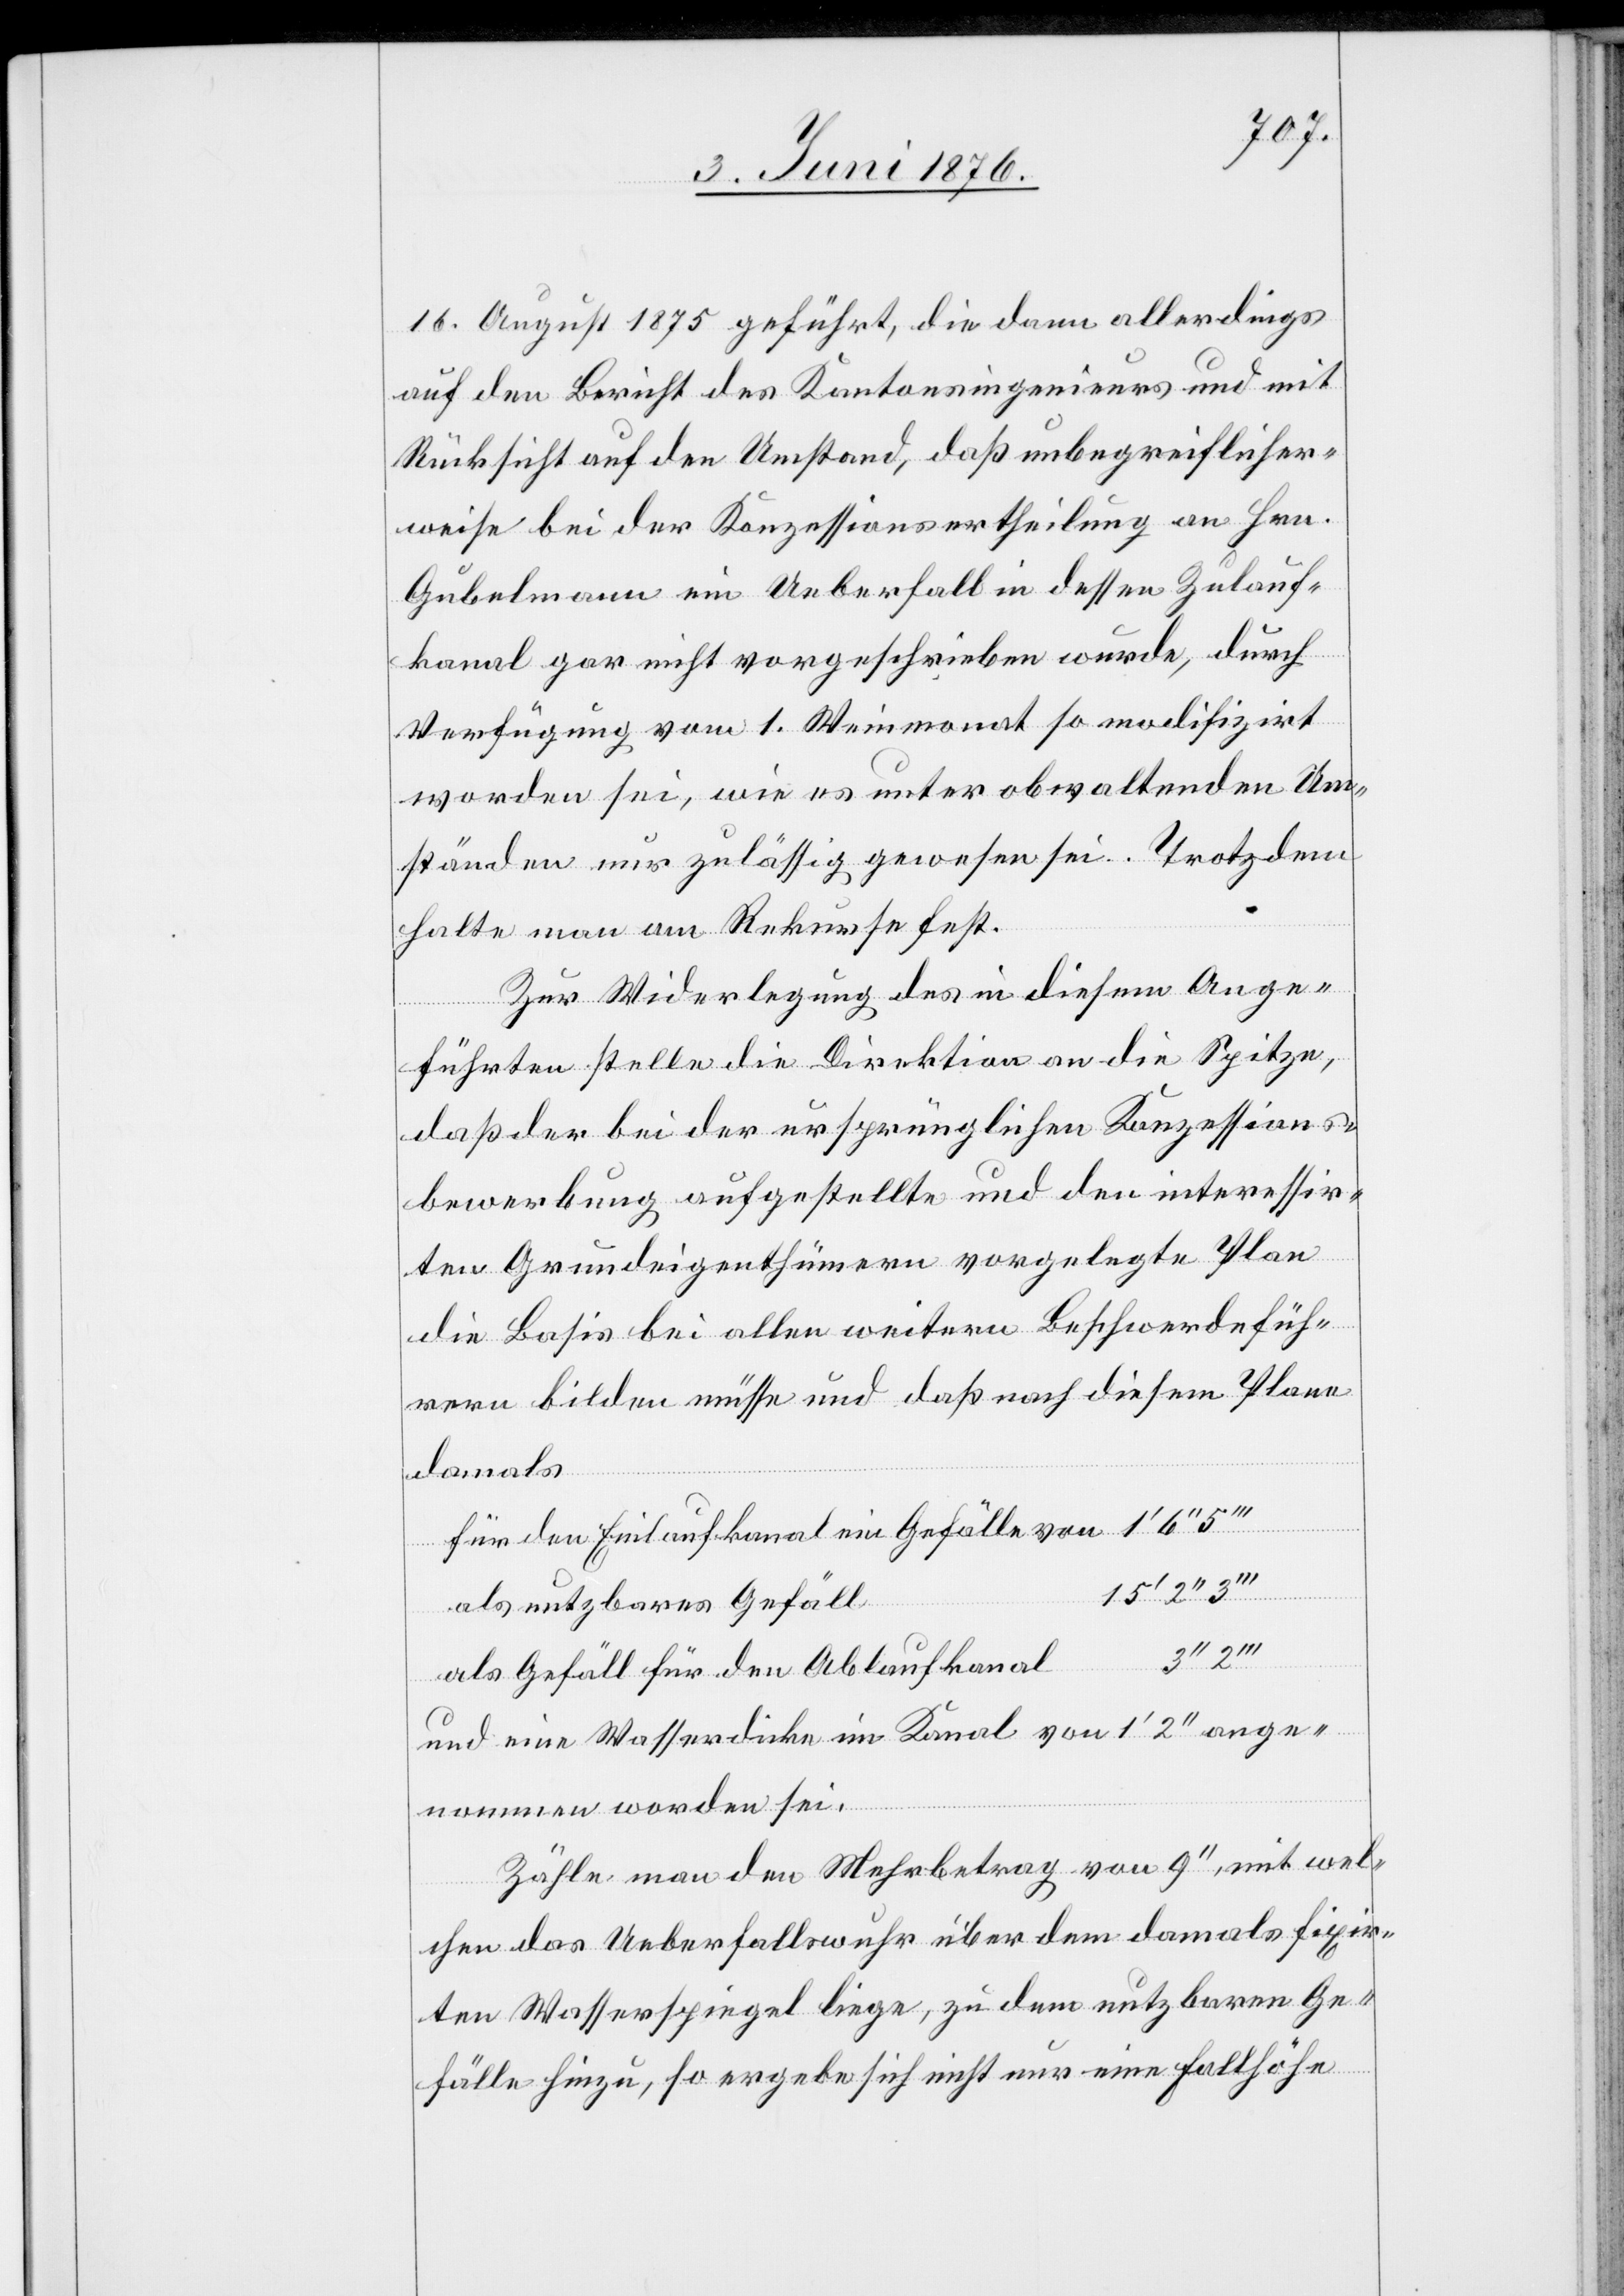
16. August 1875 geführt, die dann allerdings
auf den Bericht des Kantonsingenieurs und mit
Rücksicht auf den Umstand, daß unbegreiflicher¬
weise bei der Konzessionsvertheilung an Hrn.
Gubelmann ein Ueberfall in dessen Zulauf¬
kanal gar nicht vorgeschrieben wurde, durch
Verfügung vom 1. Weinmonat so modifizirt
worden sei, wie es unter obwaltenden Um¬
ständen nur zulässig gewesen sei. Trotzdem
halte man am Rekurse fest.
Zur Widerlegung des in diesem Ange¬
führten stelle die Direktion an die Spitze,
daß der bei der ursprünglichen Konzessions¬
bewerbung aufgestellte und den interessir¬
ten Grundeigenthümern vorgelegte Plan
die Basis bei allen weitern Beschwerdefüh¬
rern bilden müsse und daß nach diesem Plane
damals
für den Einlaufkanal ein Gefälle von 1‘ 6‘‘
als nutzbares Gefäll
als Gefäll für den Ablaufkanal
und eine Wasserdicke im Kanal von 1‘ 2‘‘ ange¬
nommen worden sei.
Zähle man den Mehrbetrag von 9‘‘, mit wel¬
chen das Ueberfallswuhr über dem damals fixir¬
ten Wasserspiegel liege, zu dem nutzbaren Ge¬
fälle hinzu, so ergebe sich nicht nur eine Fallhöhe